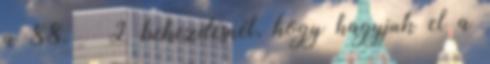
a 88. § 2 bekezdésnél, hogy hagyjuk el a